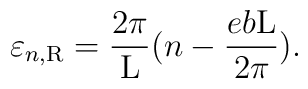
\varepsilon_{n,{\rm R}} = \frac{2\pi}{\rm L}(n - \frac{eb{\rm L}}{2\pi}).